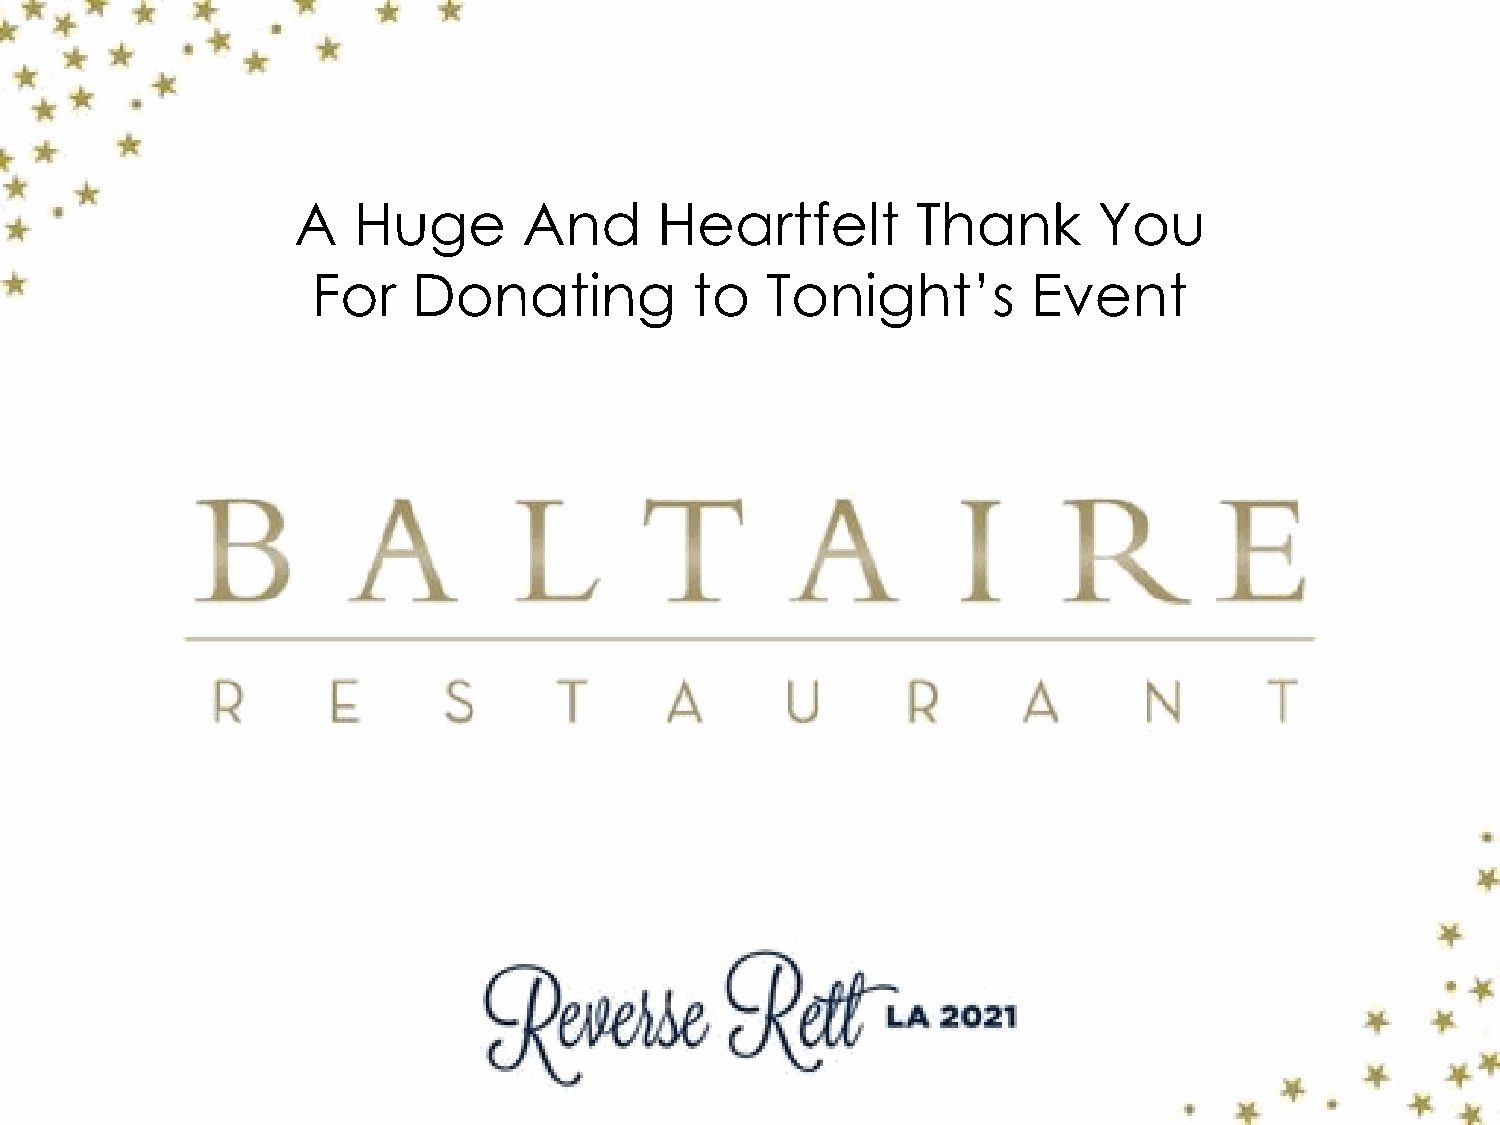
A   Huge        And      Heartfelt        Thank       You
 For   Donating           to   Tonight’s        Event